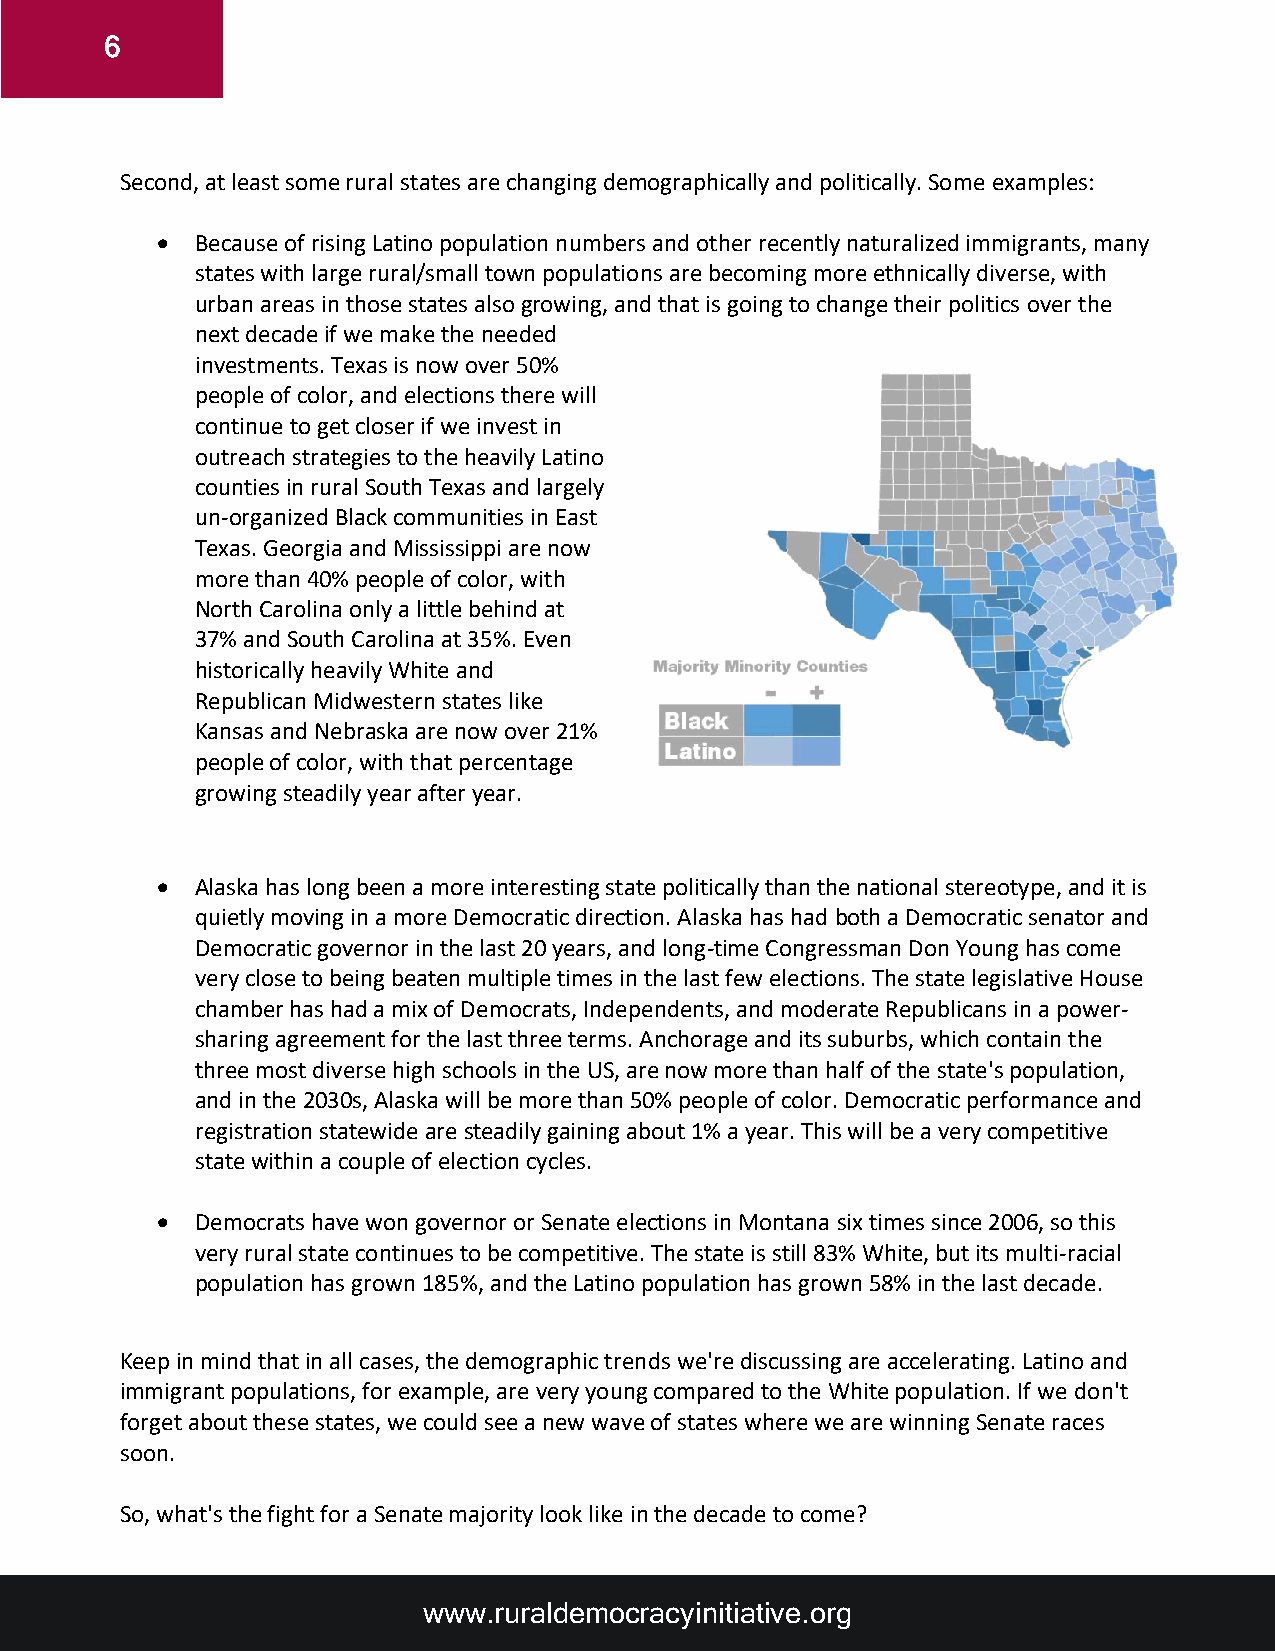
6
 Second, at least some rural states are changing demographically and politically. Some examples:
 •  Because of rising Latino population numbers and other recently naturalized immigrants, many
 states with large rural/small town populations are becoming more ethnically diverse, with
 urban areas in those states also growing, and that is going to change their politics over the
 next decade if we make the needed
 investments. Texas is now over 50%
 people of color, and elections there will
 continue to get closer if we invest in
 outreach strategies to the heavily Latino
 counties in rural South Texas and largely
 un-organized Black communities in East
 Texas. Georgia and Mississippi are now
 more than 40% people of color, with
 North Carolina only a little behind at
 37% and South Carolina at 35%. Even
 historically heavily White and
 Republican Midwestern states like
 Kansas and Nebraska are now over 21%
 people of color, with that percentage
 growing steadily year after year.
 •  Alaska has long been a more interesting state politically than the national stereotype, and it is
 quietly moving in a more Democratic direction. Alaska has had both a Democratic senator and
 Democratic governor in the last 20 years, and long-time Congressman Don Young has come
 very close to being beaten multiple times in the last few elections. The state legislative House
 chamber has had a mix of Democrats, Independents, and moderate Republicans in a power-
 sharing agreement for the last three terms. Anchorage and its suburbs, which contain the
 three most diverse high schools in the US, are now more than half of the state's population,
 and in the 2030s, Alaska will be more than 50% people of color. Democratic performance and
 registration statewide are steadily gaining about 1% a year. This will be a very competitive
 state within a couple of election cycles.
 •  Democrats have won governor or Senate elections in Montana six times since 2006, so this
 very rural state continues to be competitive. The state is still 83% White, but its multi-racial
 population has grown 185%, and the Latino population has grown 58% in the last decade.
 Keep in mind that in all cases, the demographic trends we're discussing are accelerating. Latino and
 immigrant populations, for example, are very young compared to the White population. If we don't
 forget about these states, we could see a new wave of states where we are winning Senate races
 soon.
 So, what's the fight for a Senate majority look like in the decade to come?
 www.ruraldemocracyinitiative.org